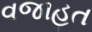
વજાહત